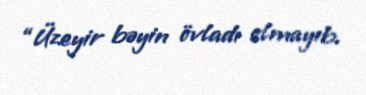
“Üzeyir bəyin övladı olmayıb.